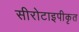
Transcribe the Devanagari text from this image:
सीरोटाइपीकृत